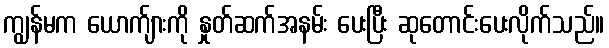
ကျွန်မက ယောက်ျားကို နှုတ်ဆက်အနမ်း ပေးပြီး ဆုတောင်းပေးလိုက်သည်။